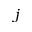
j